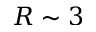
R \sim 3